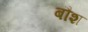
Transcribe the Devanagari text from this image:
बौश